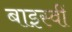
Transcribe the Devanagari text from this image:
बाइस्वीं